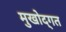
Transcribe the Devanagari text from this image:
मुखोद्गत